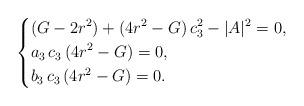
LaTeX: \begin{align*}\left\{\begin{aligned}&(G-2r^2)+(4r^2-G)\,c_3^2-|A|^2=0,\\&a_3\,c_3\,(4r^2-G)=0,\\&b_3\,c_3\,(4r^2-G)=0.\\\end{aligned}\right.\end{align*}